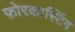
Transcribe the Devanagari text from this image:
फ़ोरकास्टिंग